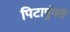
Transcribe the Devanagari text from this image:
पिटापुंगरी